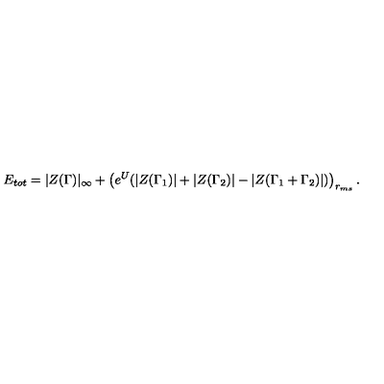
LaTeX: E _ { t o t } = | Z ( \Gamma ) | _ { \infty } + \left( e ^ { U } ( | Z ( \Gamma _ { 1 } ) | + | Z ( \Gamma _ { 2 } ) | - | Z ( \Gamma _ { 1 } + \Gamma _ { 2 } ) | ) \right) _ { r _ { m s } } .